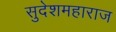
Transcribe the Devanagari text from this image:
सुदेशमहाराज